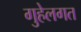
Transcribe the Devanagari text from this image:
गुहेलगत